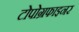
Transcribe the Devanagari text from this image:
टोपोग्रफाइनर